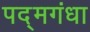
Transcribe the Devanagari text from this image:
पद्‌मगंधा